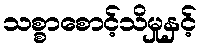
သစ္စာစောင့်သိမှုနှင့်